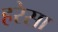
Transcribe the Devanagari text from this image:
हरेसा